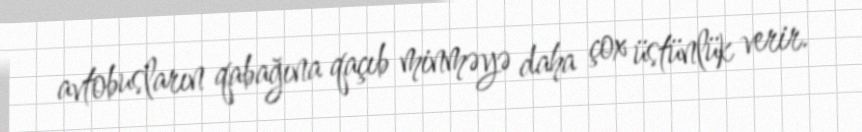
avtobusların qabağına qaçıb minməyə daha çox üstünlük verir.